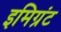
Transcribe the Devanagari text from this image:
इमिग्रंट